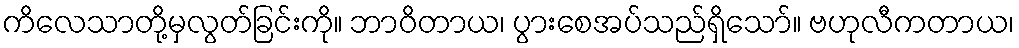
ကိလေသာတို့မှလွတ်ခြင်းကို။ ဘာဝိတာယ၊ ပွားစေအပ်သည်ရှိသော်။ ဗဟုလီကတာယ၊